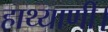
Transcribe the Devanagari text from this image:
हाथ्याणी।